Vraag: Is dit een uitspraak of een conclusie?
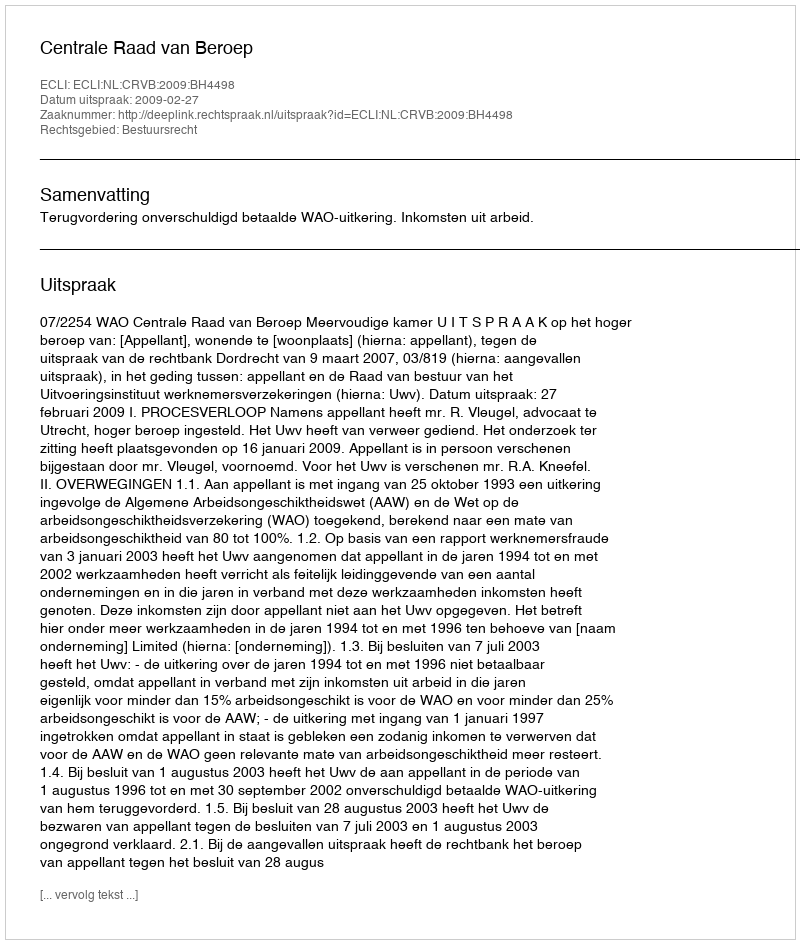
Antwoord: Uitspraak